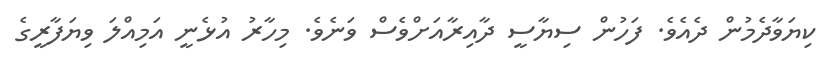
ކިޔަވާދެމުން ދެެއެެވެ. ފަހުން ސިޔާސީ ދާއިރާއަށްވެސް ވަނެެވެ. މިހާރު އުޅެނީ އަމިއްލަ ވިޔަފާރީގެ